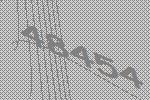
48454